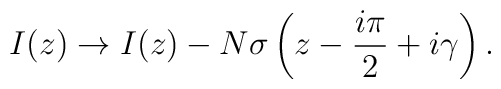
I(z) \rightarrow I(z) - N \sigma\left(z-\frac{i\pi}{2}+i\gamma\right).